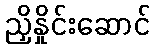
ညှိနှိုင်းဆောင်